Medical and sanitary report of the native army of Madras for the year
Year: 1878
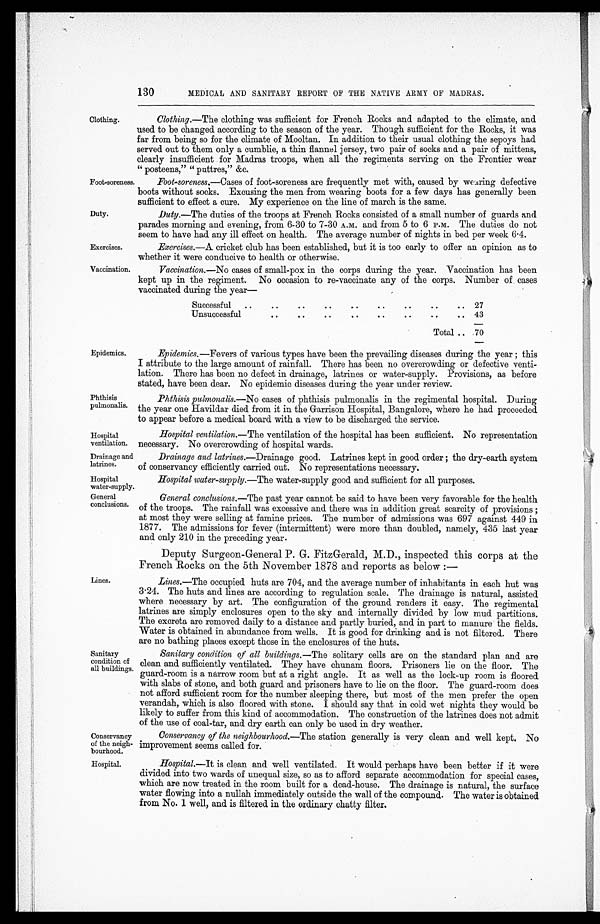
Exercises.
Vaccination.
130
MEDICAL AND SANITARY REPORT OF THE NATIVE ARMY OF MADRAS.
Clothing.
Foot-soreness.
Duty.
Epidemics.
Phthisis
pulmonalis.
Clothing.—The clothing was sufficient for French Rocks and adapted to the climate, and
used to be changed according to the season of the year. Though sufficient for the Rocks, it was
far from being so for the climate of Mooltan. In addition to their usual clothing the sepoys had
served out to them only a cumblie, a thin flannel jersey, two pair of socks and a pair of mittens,
clearly insufficient for Madras troops, when all the regiments serving on the Frontier wear
" posteens," " puttres," &c.
Foot-soreness.—Cases of foot-soreness are frequently met with, caused by wearing defective
boots without socks. Excusing the men from wearing boots for a few days has generally been
sufficient to effect a cure. My experience on the line of march is the same.
Duty.—The duties of the troops at French Rocks consisted of a small number of guards and
parades morning and evening, from 6-30 to 7-30 A.M. and from 5 to 6 P.M. The duties do not
seem to have had any ill effect on health. The average number of nights in bed per week 6.4.
Exercises.—A cricket club has been established, but it is too early to offer an opinion as to
whether it were conducive to health or otherwise.
Vaccination.— No cases of small-pox in the corps during the year. Vaccination has been
kept up in the regiment. No occasion to re-vaccinate any of the corps. Number of cases
vaccinated during the year—
Successful
..
. .
..
..
..
. .
..
..
.. 27
Unsuccessful
..
. .
. .
..
. .
..
. .
. .
43
Total .. 70
Epidemics.—Fevers of various types have been the prevailing diseases during the year ; this
I attribute to the large amount of rainfall. There has been no overcrowding or defective venti-
lation. There has been no defect in drainage, latrines or water-supply. Provisions, as before
stated, have been dear. No epidemic diseases during the year under review.
Phthisis pulmonalis.—No cases of phthisis pulmonalis in the regimental hospital. During
the year one Havildar died from it in the Garrison Hospital, Bangalore, where he had proceeded
to appear before a medical board with a view to be discharged the service.
Hospital
ventilation.
Drainage and
latrines.
Hospital
water-supply.
General
conclusions.
Lines.
Sanitary
condition of
all buildings.
Conservancy
of the neigh-
bourhood.
Hospital ventilation.— The ventilation of the hospital has been sufficient. No representation
necessary. No overcrowding of hospital wards.
Drainage and latrines.—Drainage good. Latrines kept in good order ; the dry-earth system
of conservancy efficiently carried out. No representations necessary.
Hospital water-supply.—The water-supply good and sufficient for all purposes.
General conclusions.— The past year cannot be said to have been very favorable for the health
of the troops. The rainfall was excessive and there was in addition great scarcity of provisions ;
at most they were selling at famine prices. The number of admissions was 697 against 449 in
1877. The admissions for fever (intermittent) were more than doubled, namely, 435 last year
and only 210 in the preceding year.
Deputy Surgeon-General P. G. FitzGerald, M.D., inspected this corps at the
French Rocks on the 5th November 1878 and reports as below :—
Lines.—The occupied huts are 704, and the average number of inhabitants in each hut was
3 . 24. The huts and lines are according to regulation scale. The drainage is natural, assisted
where necessary by art. The configuration of the ground renders it easy. The regimental
latrines are simply enclosures open to the sky and internally divided by low mud partitions.
The excreta are removed daily to a distance and partly buried, and in part to manure the fields.
Water is obtained in abundance from wells. It is good for drinking and is not filtered. There
are no bathing places except those in the enclosures of the huts.
Sanitary condition of all buildings.— The solitary cells are on the standard plan and are
clean and sufficiently ventilated. They have chunam floors. Prisoners lie on the floor. The
guard-room is a narrow room but at a right angle. It as well as the lock-up room is floored
with slabs of stone, and both guard and prisoners have to lie on the floor. The guard-room does
not afford sufficient room for the number sleeping there, but most of the men prefer the open
verandah, which is also floored with stone. I should say that in cold wet nights they would be
likely to suffer from this kind of accommodation. The construction of the latrines does not admit
of the use of coal-tar, and dry earth can only be used in dry weather.
Conservancy of the neighbourhood.—The station generally is very clean and well kept. No
improvement seems called for.
Hospital.
Hospital.—It is clean and well ventilated. It would perhaps have been better if it were
divided into two wards of unequal size, so as to afford separate accommodation for special cases,
which are now treated in the room built for a dead-house. The drainage is natural, the surface
water flowing into a nullah immediately outside the wall of the compound. The water is obtained
from No. 1 well, and is filtered in the ordinary chatty filter.